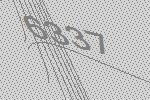
6337